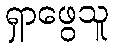
ရှာဖွေသူ